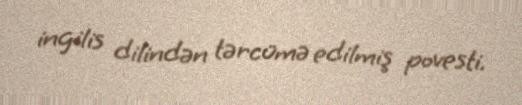
ingilis dilindən tərcümə edilmiş povesti.